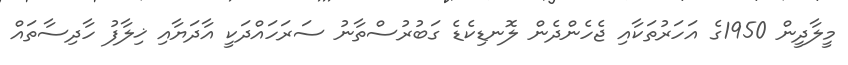
މީލާދީން 1950ގެ އަހަރުތަކާއި ޖެހެންދެން ލޮނޑިކެޑެ ގަބުރުސްތާނު ސަރަހައްދަކީ އާދަޔާއި ޚިލާފު ހާދިސާތައް